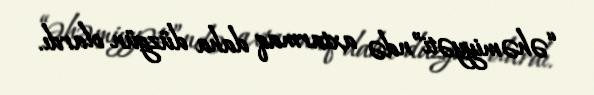
“əhəmiyyəti”ndə axtarmaq daha düzgün olardı.